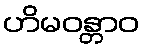
ဟိမဝန္တာဝ